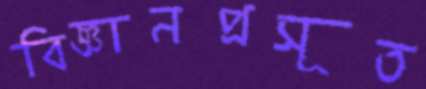
বিজ্ঞানপ্রসূত